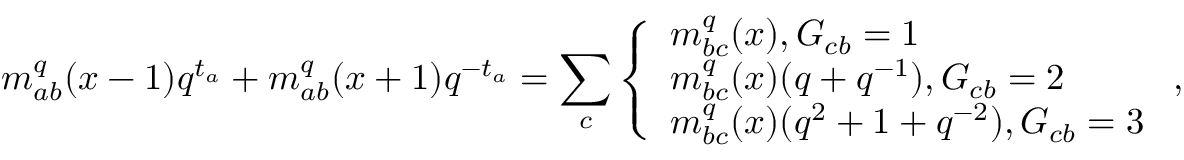
m _ { a b } ^ { q } ( x - 1 ) q ^ { t _ { a } } + m _ { a b } ^ { q } ( x + 1 ) q ^ { - t _ { a } } = \sum _ { c } \left\{ \begin{array} { l } { { m _ { b c } ^ { q } ( x ) , G _ { c b } = 1 } } \\ { { m _ { b c } ^ { q } ( x ) ( q + q ^ { - 1 } ) , G _ { c b } = 2 } } \\ { { m _ { b c } ^ { q } ( x ) ( q ^ { 2 } + 1 + q ^ { - 2 } ) , G _ { c b } = 3 } } \end{array} \right. ,